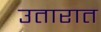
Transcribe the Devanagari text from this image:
उतारात